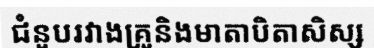
ជំនួបរវាងគ្រូនិងមាតាបិតាសិស្ស